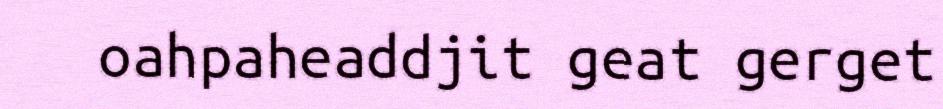
oahpaheaddjit geat gerget